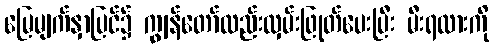
မြေမျက်နှာပြင်၌ ကျွန်တော်လည်းလှမ်းဖြုတ်ပေးပြီး မီးရထားကို